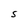
Character: S